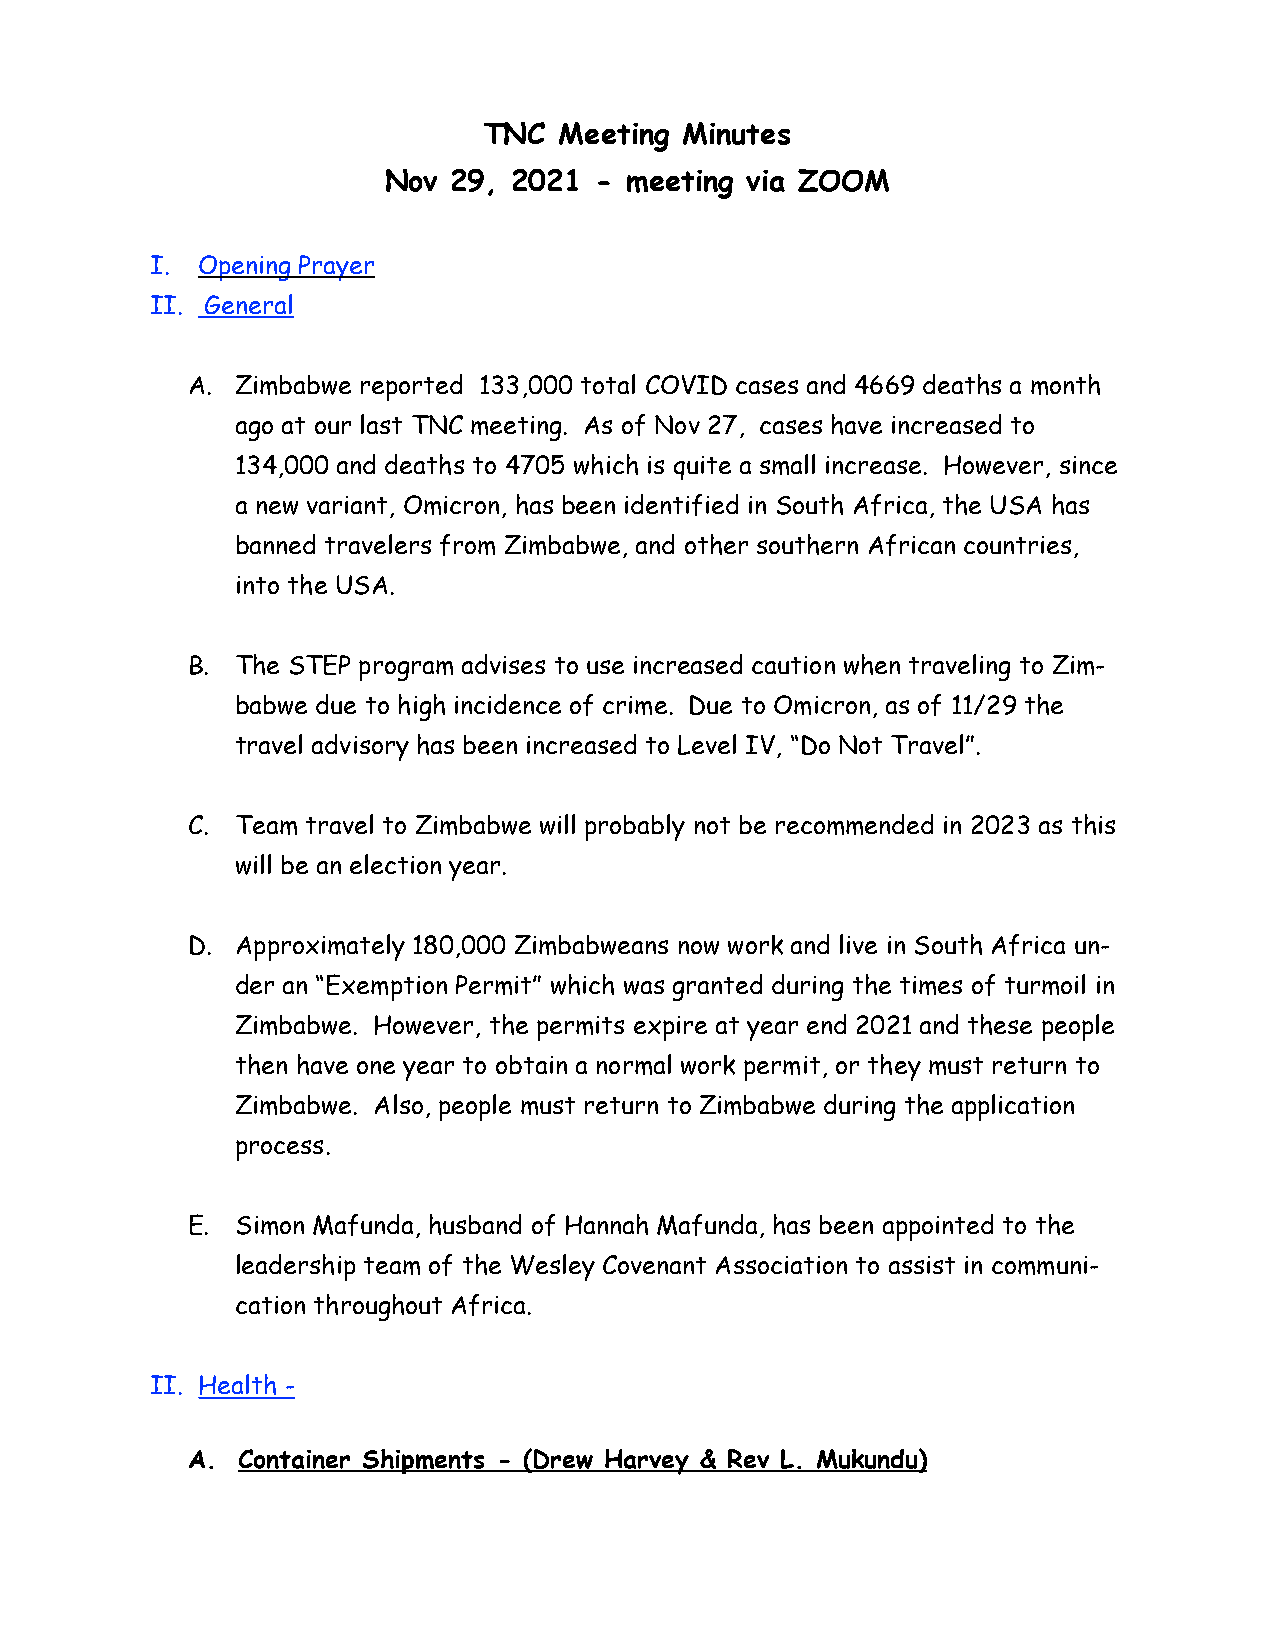
TNC  Meeting Minutes
 Nov  29, 2021 - meeting via ZOOM
 I. Opening Prayer
 II. General
 A.  Zimbabwe reported 133,000 total COVID cases and 4669 deaths a month
 ago at our last TNC meeting. As of Nov 27, cases have increased to
 134,000 and deaths to 4705 which is quite a small increase. However, since
 a new variant, Omicron, has been identified in South Africa, the USA has
 banned travelers from Zimbabwe, and other southern African countries,
 into the USA.
 B.  The STEP program advises to use increased caution when traveling to Zim-
 babwe due to high incidence of crime. Due to Omicron, as of 11/29 the
 travel advisory has been increased to Level IV, “Do Not Travel”.
 C.  Team travel to Zimbabwe will probably not be recommended in 2023 as this
 will be an election year.
 D.  Approximately 180,000 Zimbabweans now work and live in South Africa un-
 der an “Exemption Permit” which was granted during the times of turmoil in
 Zimbabwe. However, the permits expire at year end 2021 and these people
 then have one year to obtain a normal work permit, or they must return to
 Zimbabwe. Also, people must return to Zimbabwe during the application
 process.
 E.  Simon Mafunda, husband of Hannah Mafunda, has been appointed to the
 leadership team of the Wesley Covenant Association to assist in communi-
 cation throughout Africa.
 II. Health -
 A.  Container Shipments - (Drew Harvey & Rev L. Mukundu)